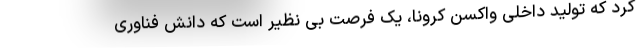
کرد که تولید داخلی واکسن کرونا، یک فرصت بی نظیر است که دانش فناوری